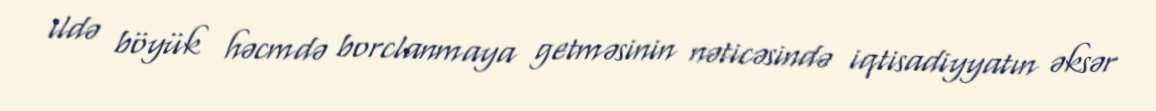
ildə böyük həcmdə borclanmaya getməsinin nəticəsində iqtisadiyyatın əksər